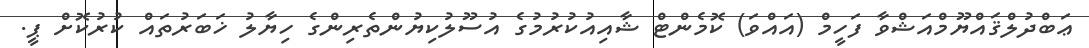
ޢަބްދުލްޤައްޔޫމްއަޝްވާ ފަހީމް (އައްވަ) ކޮމެންޓް ޝާއިއުކުރުމުގެ އުސޫލުކިޔުންތެރިންގެ ހިޔާލު ޚަބަރުތައް ކުރުކޮށް ޕީ.